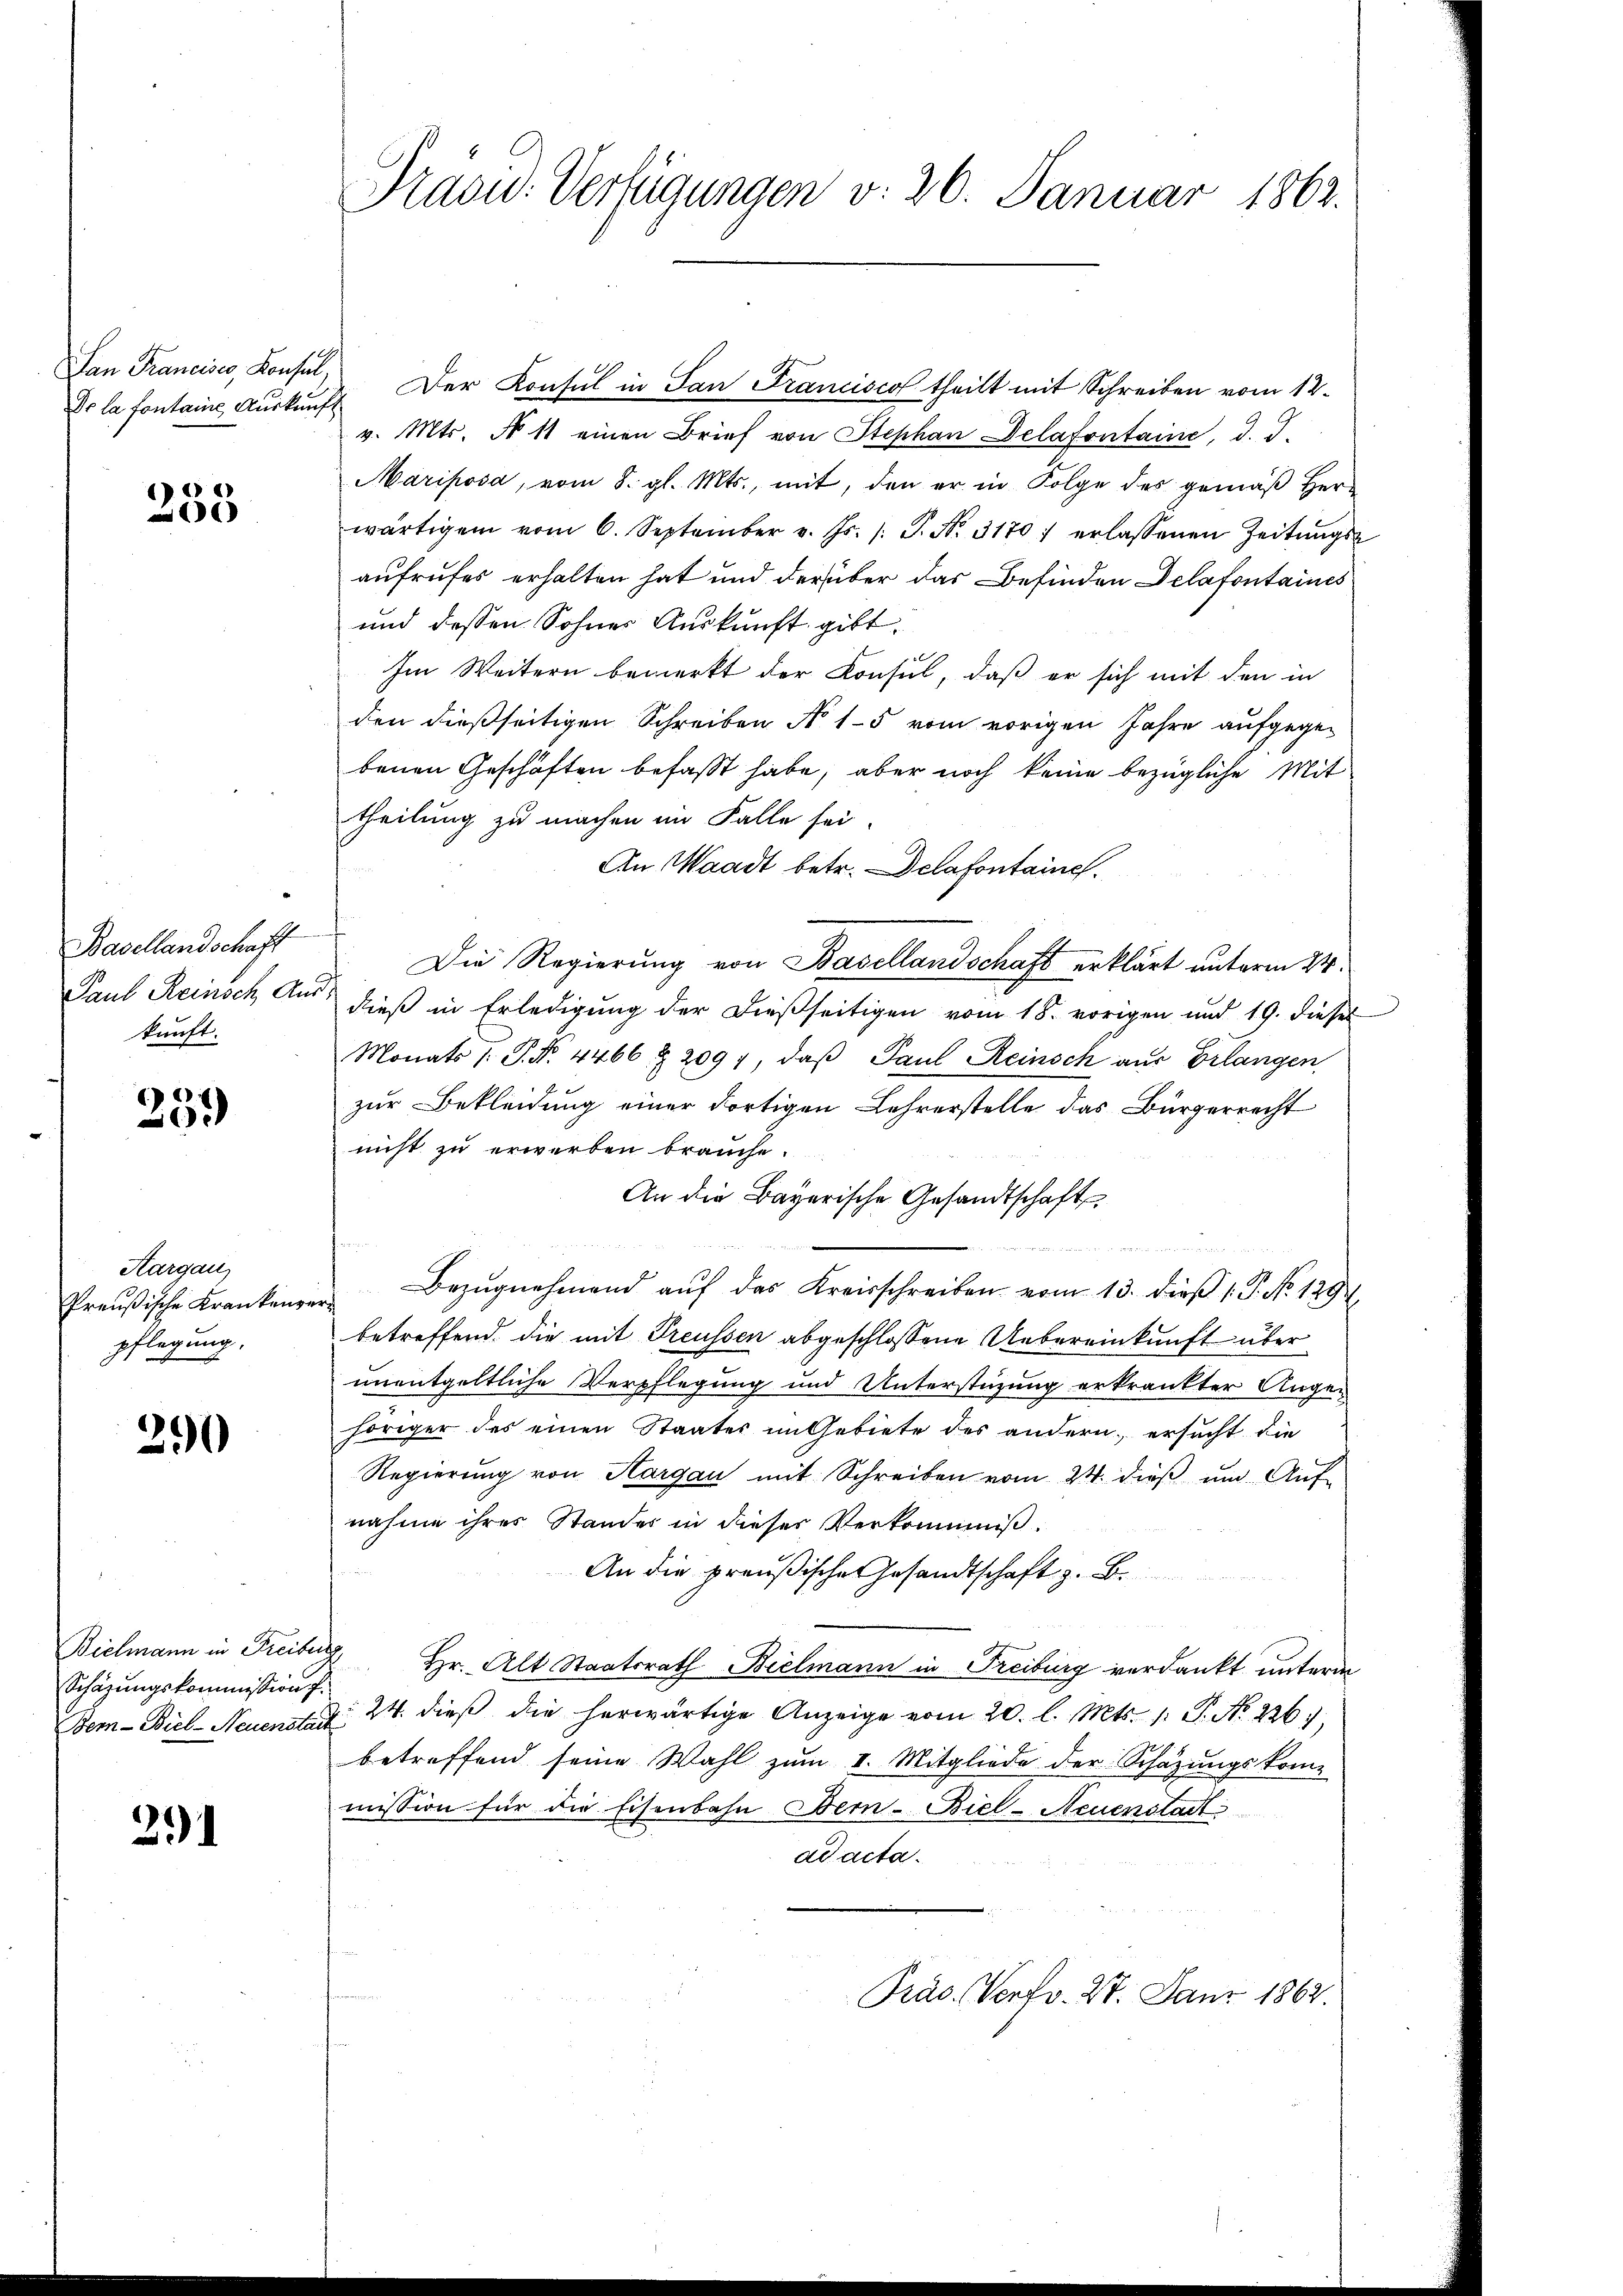
Dr la fontaine Auskunft

233

Basellandschaft
Paub Reinsch, Aus
kunft.

359

Aargau,
Preußische Krankenze
pflegung.

290

Schazungskommission.

291

Präsid. Verfügungen v. 26. Januar 1862.

San Francisco, Konsul, Der Konsul in San Francisco theilt mit Schreiben vom 12.
v. Mts. No 11 einen Brief von Stephan Delafontaine, d. d.
Mariposa, vom 8. gl. Mts., mit, den er in Folge des gemäβ Her-
wärtigen vom 6. September v. Js. /: P. Nr. 31707 erlassenen Zeitŭngs-
aufrufes erhalten hat und der über das Befinden Delafontaines
und dessen Sohnes Auskunft gibt.
Im Weitern bemerkt der Konsul, daß er sich mit den in
den dießseitigen Schreiben No 15 vom vorigen Jahre aufgegebenen Geschäften befaßt habe, aber noch keine bezügliche Mit
theilung zu machen im Falle sei.
An Waadt betr. Delafontaine.
Die Regierung von Basellandschaft erklärt unterm 24.
¬
dieß in Erledigung der dießseitigen vom 18. vorigen und 19. diesel
Monats /: P. Nr. 4466 & 2091, daß Paul Reinsch aus Erlangen,
zur Bekleidung einer dortigen Lehrerstelle das Bürgerrecht
nicht zu erwerben brauche.
An die Bayerische Gesandtschaft
t

Bezŭgnehmend aŭf das Kreisschreiben vom 13. dieβ 1. P. Nr. 129
betreffend, die mit Treussen abgeschlossene Uebereinkunft über
unentgeltliche Verpflegung und Unterstüzung erkrankter Angehöriger des einen Staates im Gebiete des andern, ersucht die
Regierŭng von Hargau mit Schreiben vom 24. dieβ ŭm Aŭf-
nahme ihres Standes in dieses Verkommiß¬
An die preußische Gesandtschaft z. B.
Bielmann in Freiburg Hr. Alt Staatsrath Bielmann in Freiburg verdankt unterm
Bem- Biel Neuen d. 24. dieß die herwärtige Anzeige vom 20. l. Mts. 1. P. Nr. 226,
betreffend seine Wahl zum I. Mitgliede der Schazungskom-
mission für die Eisenbahn Bern-Biel-Neuenstadt
ad acta.
Pras. Vertr. 27. Janr 1862.